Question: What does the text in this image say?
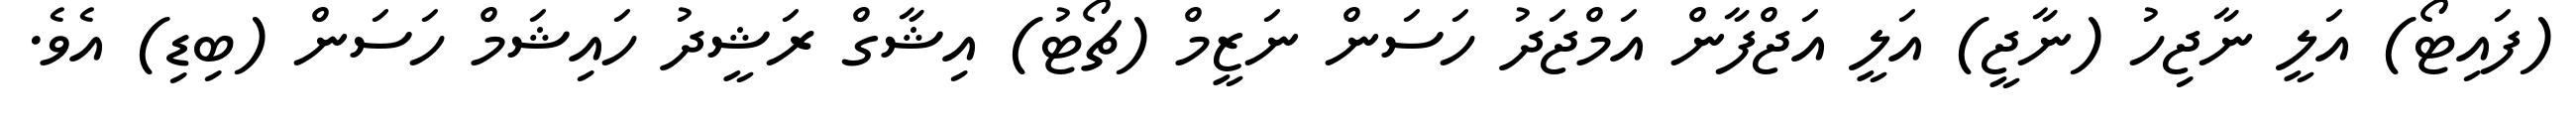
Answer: (ފައިޓޯ) އަލީ ނާޖިހު (ނާޖީ) އަލީ އަޖްފާން އަމްޖަދު ހަސަން ނަޒީމް (ޗޯޓު) އިޝާގް ރަޝީދު ހައިޝަމް ހަސަން (ބިޑި) އެވެ.